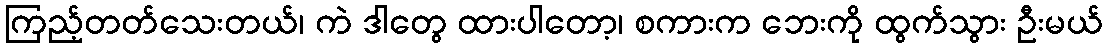
ကြည့်တတ်သေးတယ်၊ ကဲ ဒါတွေ ထားပါတော့၊ စကားက ဘေးကို ထွက်သွား ဦးမယ်